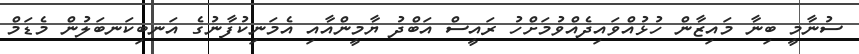
ސުނާމީ ބިނާ މައިޒާން ހުޅުއްވައިދެއްވުމަށްހު ރައީސް އަބްދު ޔާމީންއާއި އެމަނިކުފާނުގެ އަނބިކަނބަލުން މެޑަމް